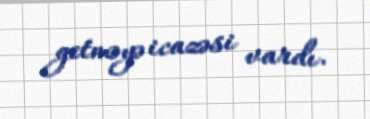
getməyə icazəsi vardı.